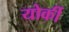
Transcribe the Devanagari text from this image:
योर्की